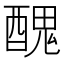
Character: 𨢄